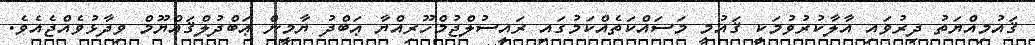
ޤައުމިއްޔަތު ދިރުވައި އާލާކުރުވުމަކީ ޤައުމީ މަސައްކަތެއްކަމުގައި ރައީސުލްޖުމްހޫރިއްޔާ ޢަބްދު ޔާމީން ޢަބްދުލްޤައްޔޫމް ވިދާޅުވެއްޖެއެވެ.